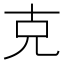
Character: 克